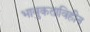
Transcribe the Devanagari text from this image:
भावुकताविहीन